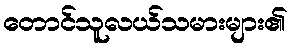
တောင်သူလယ်သမားများ၏